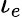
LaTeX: \iota_{e}